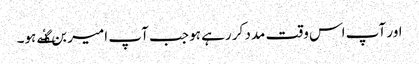
اور آپ اس وقت مدد کر رہے ہو جب آپ امیر بن گٸے ہو۔